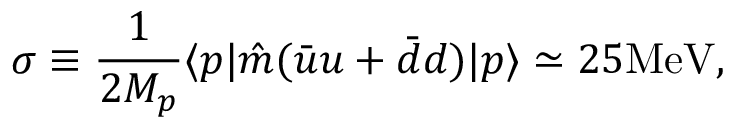
\sigma \equiv { \frac { 1 } { 2 M _ { p } } } \langle p | \hat { m } ( \bar { u } u + \bar { d } d ) | p \rangle \simeq 2 5 \mathrm { { M e V } } ,